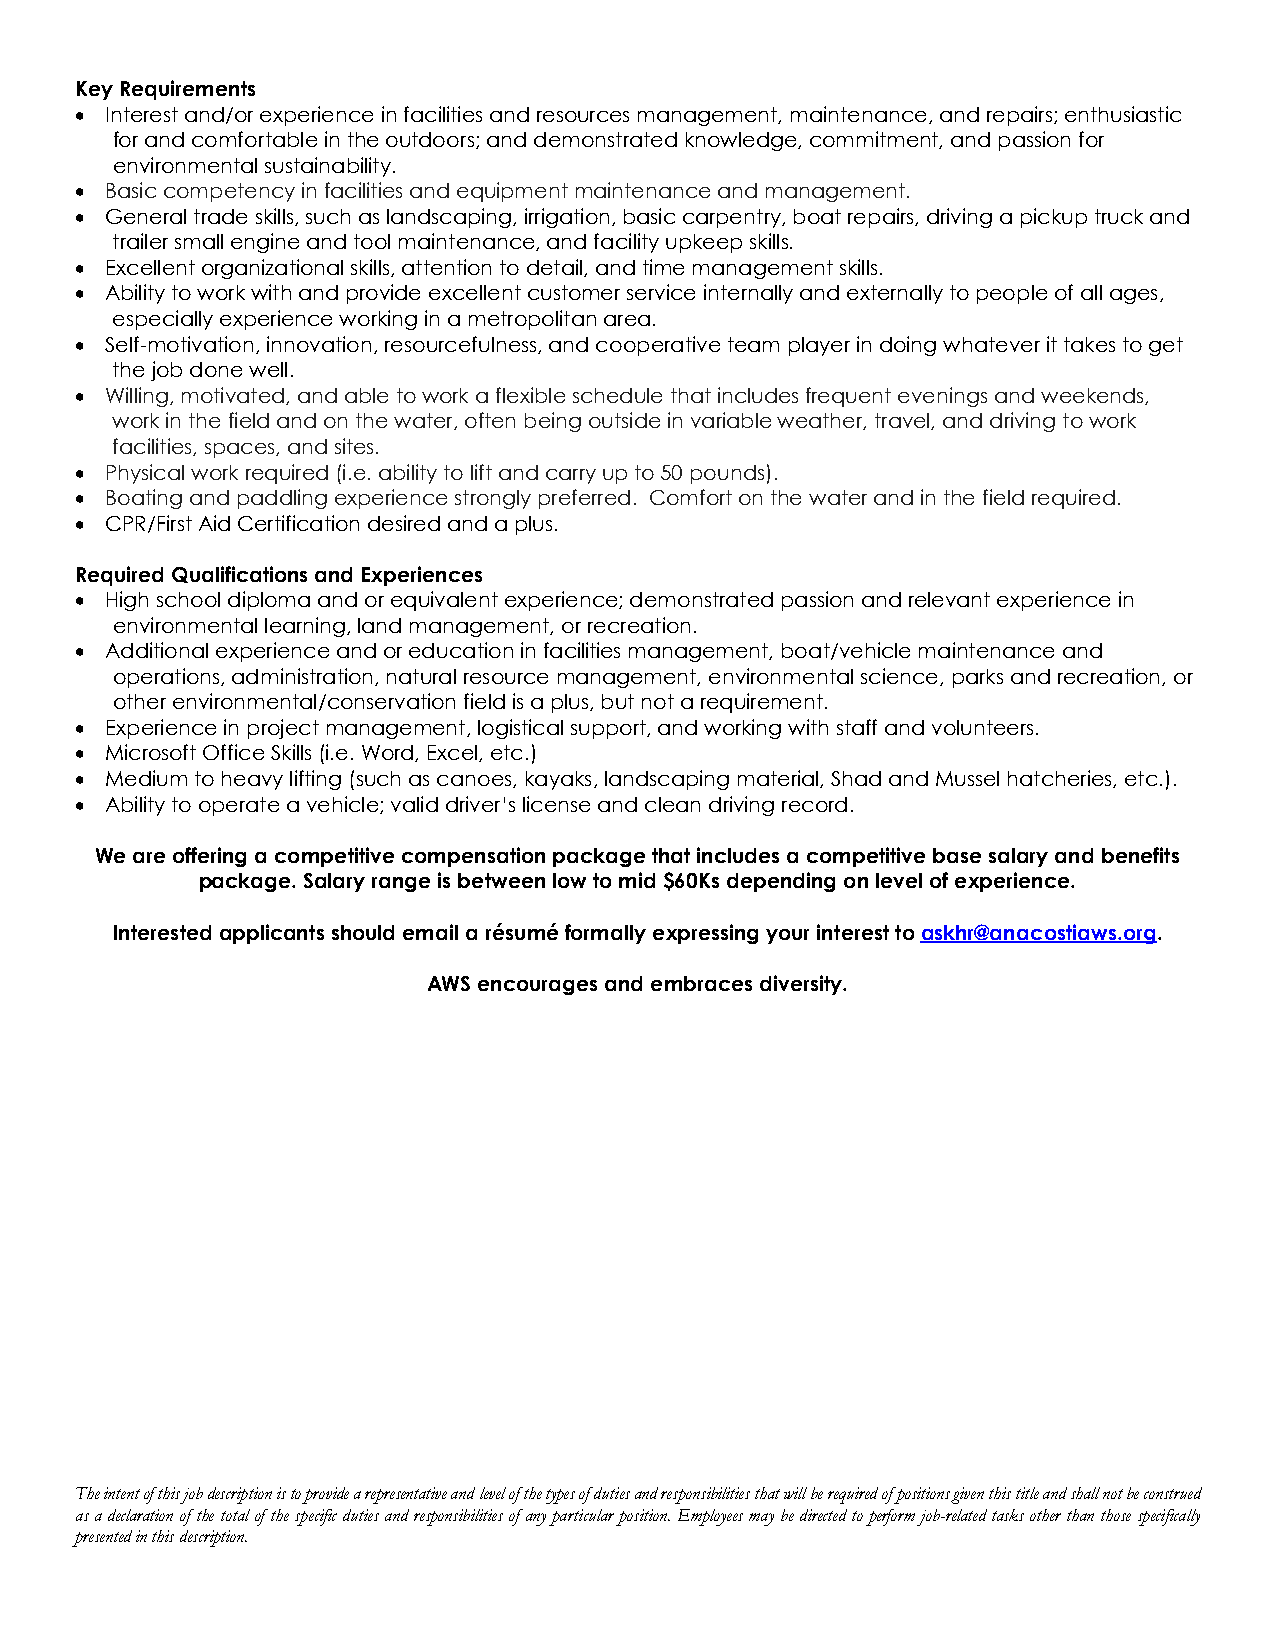
Key Requirements
 • Interest and/or experience in facilities and resources management, maintenance, and repairs; enthusiastic
 for and comfortable in the outdoors; and demonstrated knowledge, commitment, and passion for
 environmental sustainability.
 • Basic competency in facilities and equipment maintenance and management.
 • General trade skills, such as landscaping, irrigation, basic carpentry, boat repairs, driving a pickup truck and
 trailer small engine and tool maintenance, and facility upkeep skills.
 • Excellent organizational skills, attention to detail, and time management skills.
 • Ability to work with and provide excellent customer service internally and externally to people of all ages,
 especially experience working in a metropolitan area.
 • Self-motivation, innovation, resourcefulness, and cooperative team player in doing whatever it takes to get
 the job done well.
 • Willing, motivated, and able to work a flexible schedule that includes frequent evenings and weekends,
 work in the field and on the water, often being outside in variable weather, travel, and driving to work
 facilities, spaces, and sites.
 • Physical work required (i.e. ability to lift and carry up to 50 pounds).
 • Boating and paddling experience strongly preferred. Comfort on the water and in the field required.
 • CPR/First Aid Certification desired and a plus.
 Required Qualifications and Experiences
 • High school diploma and or equivalent experience; demonstrated passion and relevant experience in
 environmental learning, land management, or recreation.
 • Additional experience and or education in facilities management, boat/vehicle maintenance and
 operations, administration, natural resource management, environmental science, parks and recreation, or
 other environmental/conservation field is a plus, but not a requirement.
 • Experience in project management, logistical support, and working with staff and volunteers.
 • Microsoft Office Skills (i.e. Word, Excel, etc.)
 • Medium to heavy lifting (such as canoes, kayaks, landscaping material, Shad and Mussel hatcheries, etc.).
 • Ability to operate a vehicle; valid driver’s license and clean driving record.
 We are offering a competitive compensation package that includes a competitive base salary and benefits
 package. Salary range is between low to mid $60Ks depending on level of experience.
 Interested applicants should email a résumé formally expressing your interest to askhr@anacostiaws.org.
 AWS encourages and embraces diversity.
 The intent of this job description is to provide a representative and level of the types of duties and responsibilities that will be required of positions given this title and shall not be construed
 as a declaration of the total of the specific duties and responsibilities of any particular position. Employees may be directed to perform job-related tasks other than those specifically
 presented in this description.